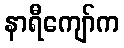
နာရီကျော်က